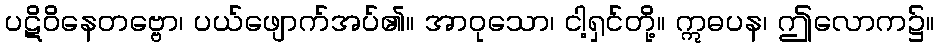
ပဋိဝိနေတဗ္ဗော၊ ပယ်ဖျောက်အပ်၏။ အာဝုသော၊ ငါ့ရှင်တို့။ ဣဓပန၊ ဤလောက၌။